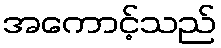
အကောင့်သည်